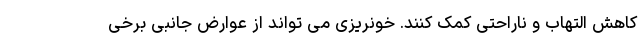
کاهش التهاب و ناراحتی کمک کنند. خونریزی می تواند از عوارض جانبی برخی